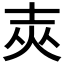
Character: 𡔡